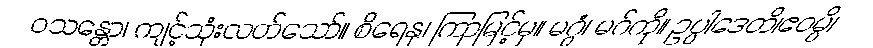
ဝသန္တော၊ ကျင့်သုံးလတ်သော်။ စိရေနု၊ ကြာမြင့်မှ။ မဂ္ဂံ၊ မဂ်ကို။ ဥပ္ပါဒေတိ၊ဧဝမ္ပိ၊